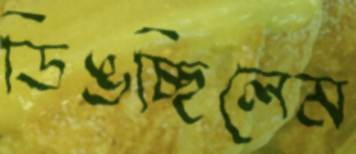
ডিঙচ্ছিলেম